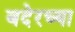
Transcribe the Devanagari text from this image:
बदेरच्या